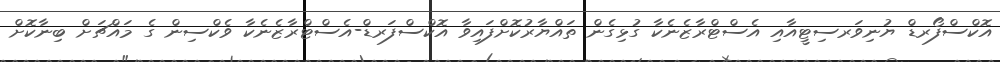
އޮކްސްފޯރޑް ޔުނިވަރސިޓީއާއި އެސްޓްރާޒެނެކާ ގުޅިގެން ތައްޔާރުކޮށްފައިވާ އޮކްސްފަރޑް-އެސްޓްރާޒެނެކާ ވެކްސިން ގެ މައްޗަށް ބިނާކޮށް